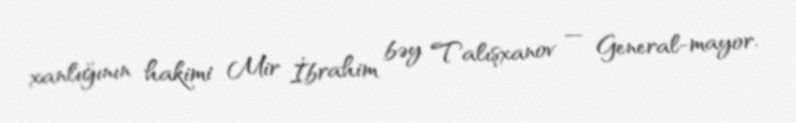
xanlığının hakimi Mir İbrahim bəy Talışxanov — General-mayor.